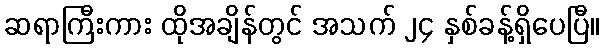
ဆရာကြီးကား ထိုအချိန်တွင် အသက် ၂၄ နှစ်ခန့်ရှိပေပြီ။